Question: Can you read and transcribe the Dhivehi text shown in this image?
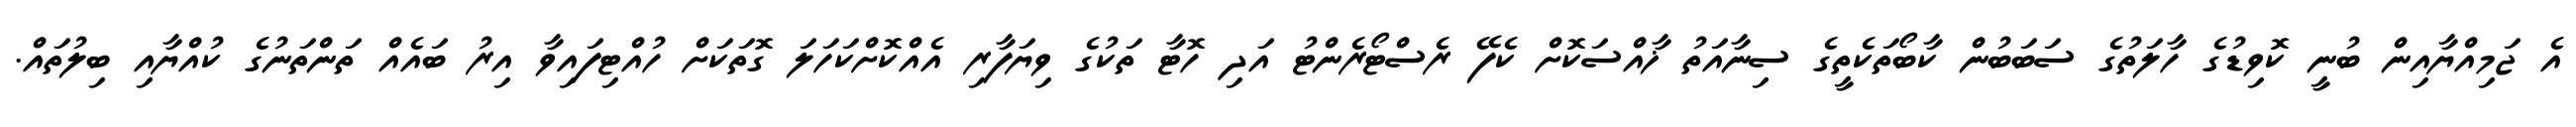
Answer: އެ ޖަމިއްޔާއިން ބުނީ ކޮވިޑުގެ ހާލަތުގެ ސަބަބުން ކާބޯތަކެތީގެ ސިނާއަތު ޚާއްސަކޮށް ކެފޭ ރެސްޓޯރެންޓު އަދި ހޮޓާ ތަކުގެ ވިޔަފާރި އެއްކޮށްކަހަލަ ގޮތަކަށް ހުއްޓިފައިވާ އިރު ބައެއް ތަންތަނުގެ ކުއްޔާއި ބިލުތައް.